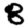
Digit: 8